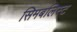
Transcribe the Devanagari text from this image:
सिमबलिस्ट